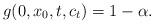
LaTeX: \begin{align*}g(0,x_0,t,c_t)=1-\alpha.\end{align*}